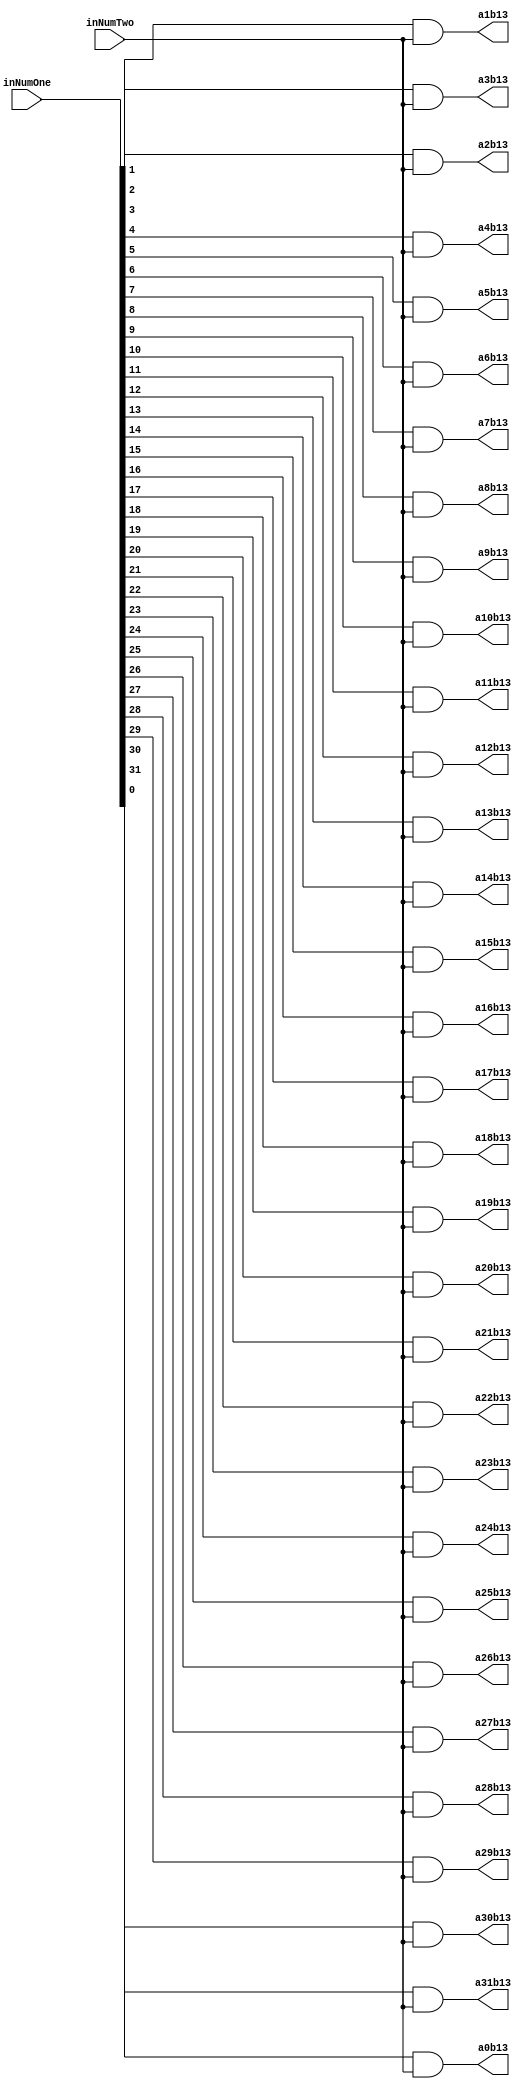
`timescale 1ns / 1ps

module PartialProductRow13(inNumOne,inNumTwo,a0b13,a1b13,a2b13,a3b13,a4b13,a5b13,a6b13,a7b13,a8b13,a9b13,a10b13,a11b13,a12b13,a13b13,a14b13,a15b13,a16b13,a17b13,a18b13,a19b13,a20b13,a21b13,a22b13,a23b13,a24b13,a25b13,a26b13,a27b13,a28b13,a29b13,a30b13,a31b13);
input [31:0] inNumOne;
input inNumTwo;
output reg a0b13,a1b13,a2b13,a3b13,a4b13,a5b13,a6b13,a7b13,a8b13,a9b13,a10b13,a11b13,a12b13,a13b13,a14b13,a15b13,a16b13,a17b13,a18b13,a19b13,a20b13,a21b13,a22b13,a23b13,a24b13,a25b13,a26b13,a27b13,a28b13,a29b13,a30b13,a31b13;

always@(inNumOne,inNumTwo)begin
	a0b13 <= inNumOne[0] & inNumTwo;
	a1b13 <= inNumOne[1] & inNumTwo;
	a2b13 <= inNumOne[2] & inNumTwo;
	a3b13 <= inNumOne[3] & inNumTwo;
	a4b13 <= inNumOne[4] & inNumTwo;
	a5b13 <= inNumOne[5] & inNumTwo;
	a6b13 <= inNumOne[6] & inNumTwo;
	a7b13 <= inNumOne[7] & inNumTwo;
	a8b13 <= inNumOne[8] & inNumTwo;
	a9b13 <= inNumOne[9] & inNumTwo;
	a10b13 <= inNumOne[10] & inNumTwo;
	a11b13 <= inNumOne[11] & inNumTwo;
	a12b13 <= inNumOne[12] & inNumTwo;
	a13b13 <= inNumOne[13] & inNumTwo;
	a14b13 <= inNumOne[14] & inNumTwo;
	a15b13 <= inNumOne[15] & inNumTwo;
	a16b13 <= inNumOne[16] & inNumTwo;
	a17b13 <= inNumOne[17] & inNumTwo;
	a18b13 <= inNumOne[18] & inNumTwo;
	a19b13 <= inNumOne[19] & inNumTwo;
	a20b13 <= inNumOne[20] & inNumTwo;
	a21b13 <= inNumOne[21] & inNumTwo;
	a22b13 <= inNumOne[22] & inNumTwo;
	a23b13 <= inNumOne[23] & inNumTwo;
	a24b13 <= inNumOne[24] & inNumTwo;
	a25b13 <= inNumOne[25] & inNumTwo;
	a26b13 <= inNumOne[26] & inNumTwo;
	a27b13 <= inNumOne[27] & inNumTwo;
	a28b13 <= inNumOne[28] & inNumTwo;
	a29b13 <= inNumOne[29] & inNumTwo;
	a30b13 <= inNumOne[30] & inNumTwo;
	a31b13 <= inNumOne[31] & inNumTwo;
end

endmodule